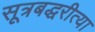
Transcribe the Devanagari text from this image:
सूत्रबद्धरीत्या